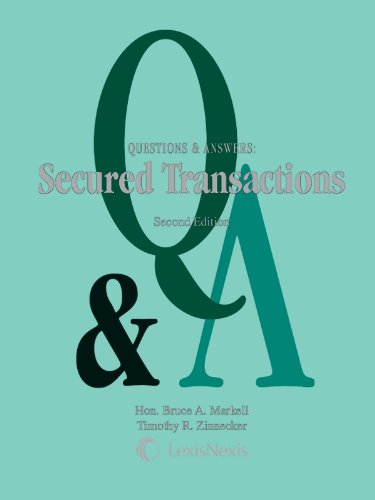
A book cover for Questions & Answers: Secured Transactions; Judge Bruce A. Markell; Law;